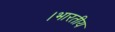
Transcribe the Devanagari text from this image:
।भारतीय